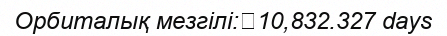
Орбиталық мезгілі:	10,832.327 days